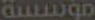
مؤسسة